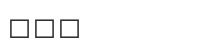
١١٥